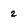
Character: 2